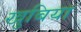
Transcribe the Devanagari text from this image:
खुबिया